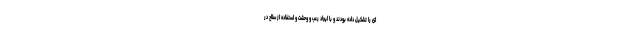
ای را تشکیل داده بودند و با ایجاد رعب و وحشت و استفاده از سلاح در